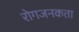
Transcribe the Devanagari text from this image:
रोगजनकता